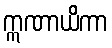
ဣဏာယိကာ